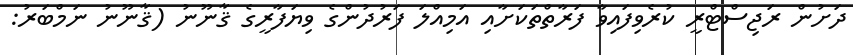
ދަށުން ރަޖިސްޓްރީ ކުރެވިފައިވާ ފަރާތްތަކަށާއި އަމިއްލަ ފަރުދުންގެ ވިޔަފާރީގެ ޤާނޫނު (ޤާނޫނު ނަމްބަރު: